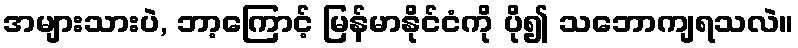
အများသားပဲ, ဘာ့ကြောင့် မြန်မာနိုင်ငံကို ပို၍ သဘောကျရသလဲ။